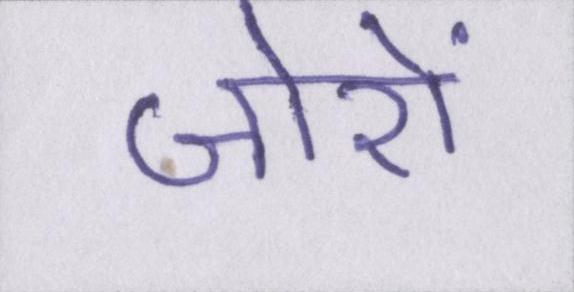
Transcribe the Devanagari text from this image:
जोरों